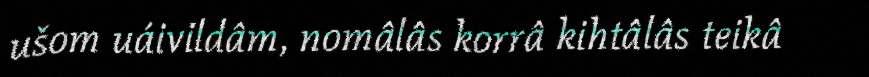
ušom uáivildâm, nomâlâs korrâ kihtâlâs teikâ